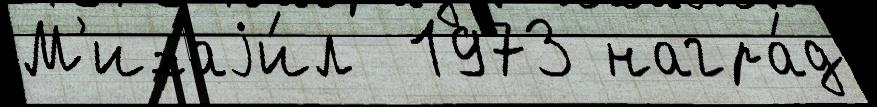
М'ихаjи́л  1973 награ́д